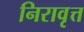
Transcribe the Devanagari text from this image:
निरावृत्त